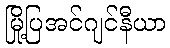
မြို့ပြအင်ဂျင်နီယာ